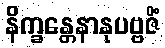
နိက္ခန္တေနာနုပဗ္ဗဇိံ